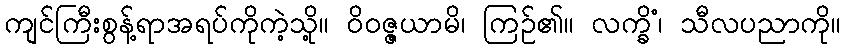
ကျင်ကြီးစွန့်ရာအရပ်ကိုကဲ့သို့။ ဝိဝဇ္ဇယာမိ၊ ကြဉ်၏။ လက္ခိံ၊ သီလပညာကို။